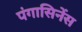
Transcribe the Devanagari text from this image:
पंगासिनेंस